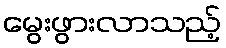
မွေးဖွားလာသည့်